EELK_Tartu_Peetri_kogudus_(kirikutahed), lk 74
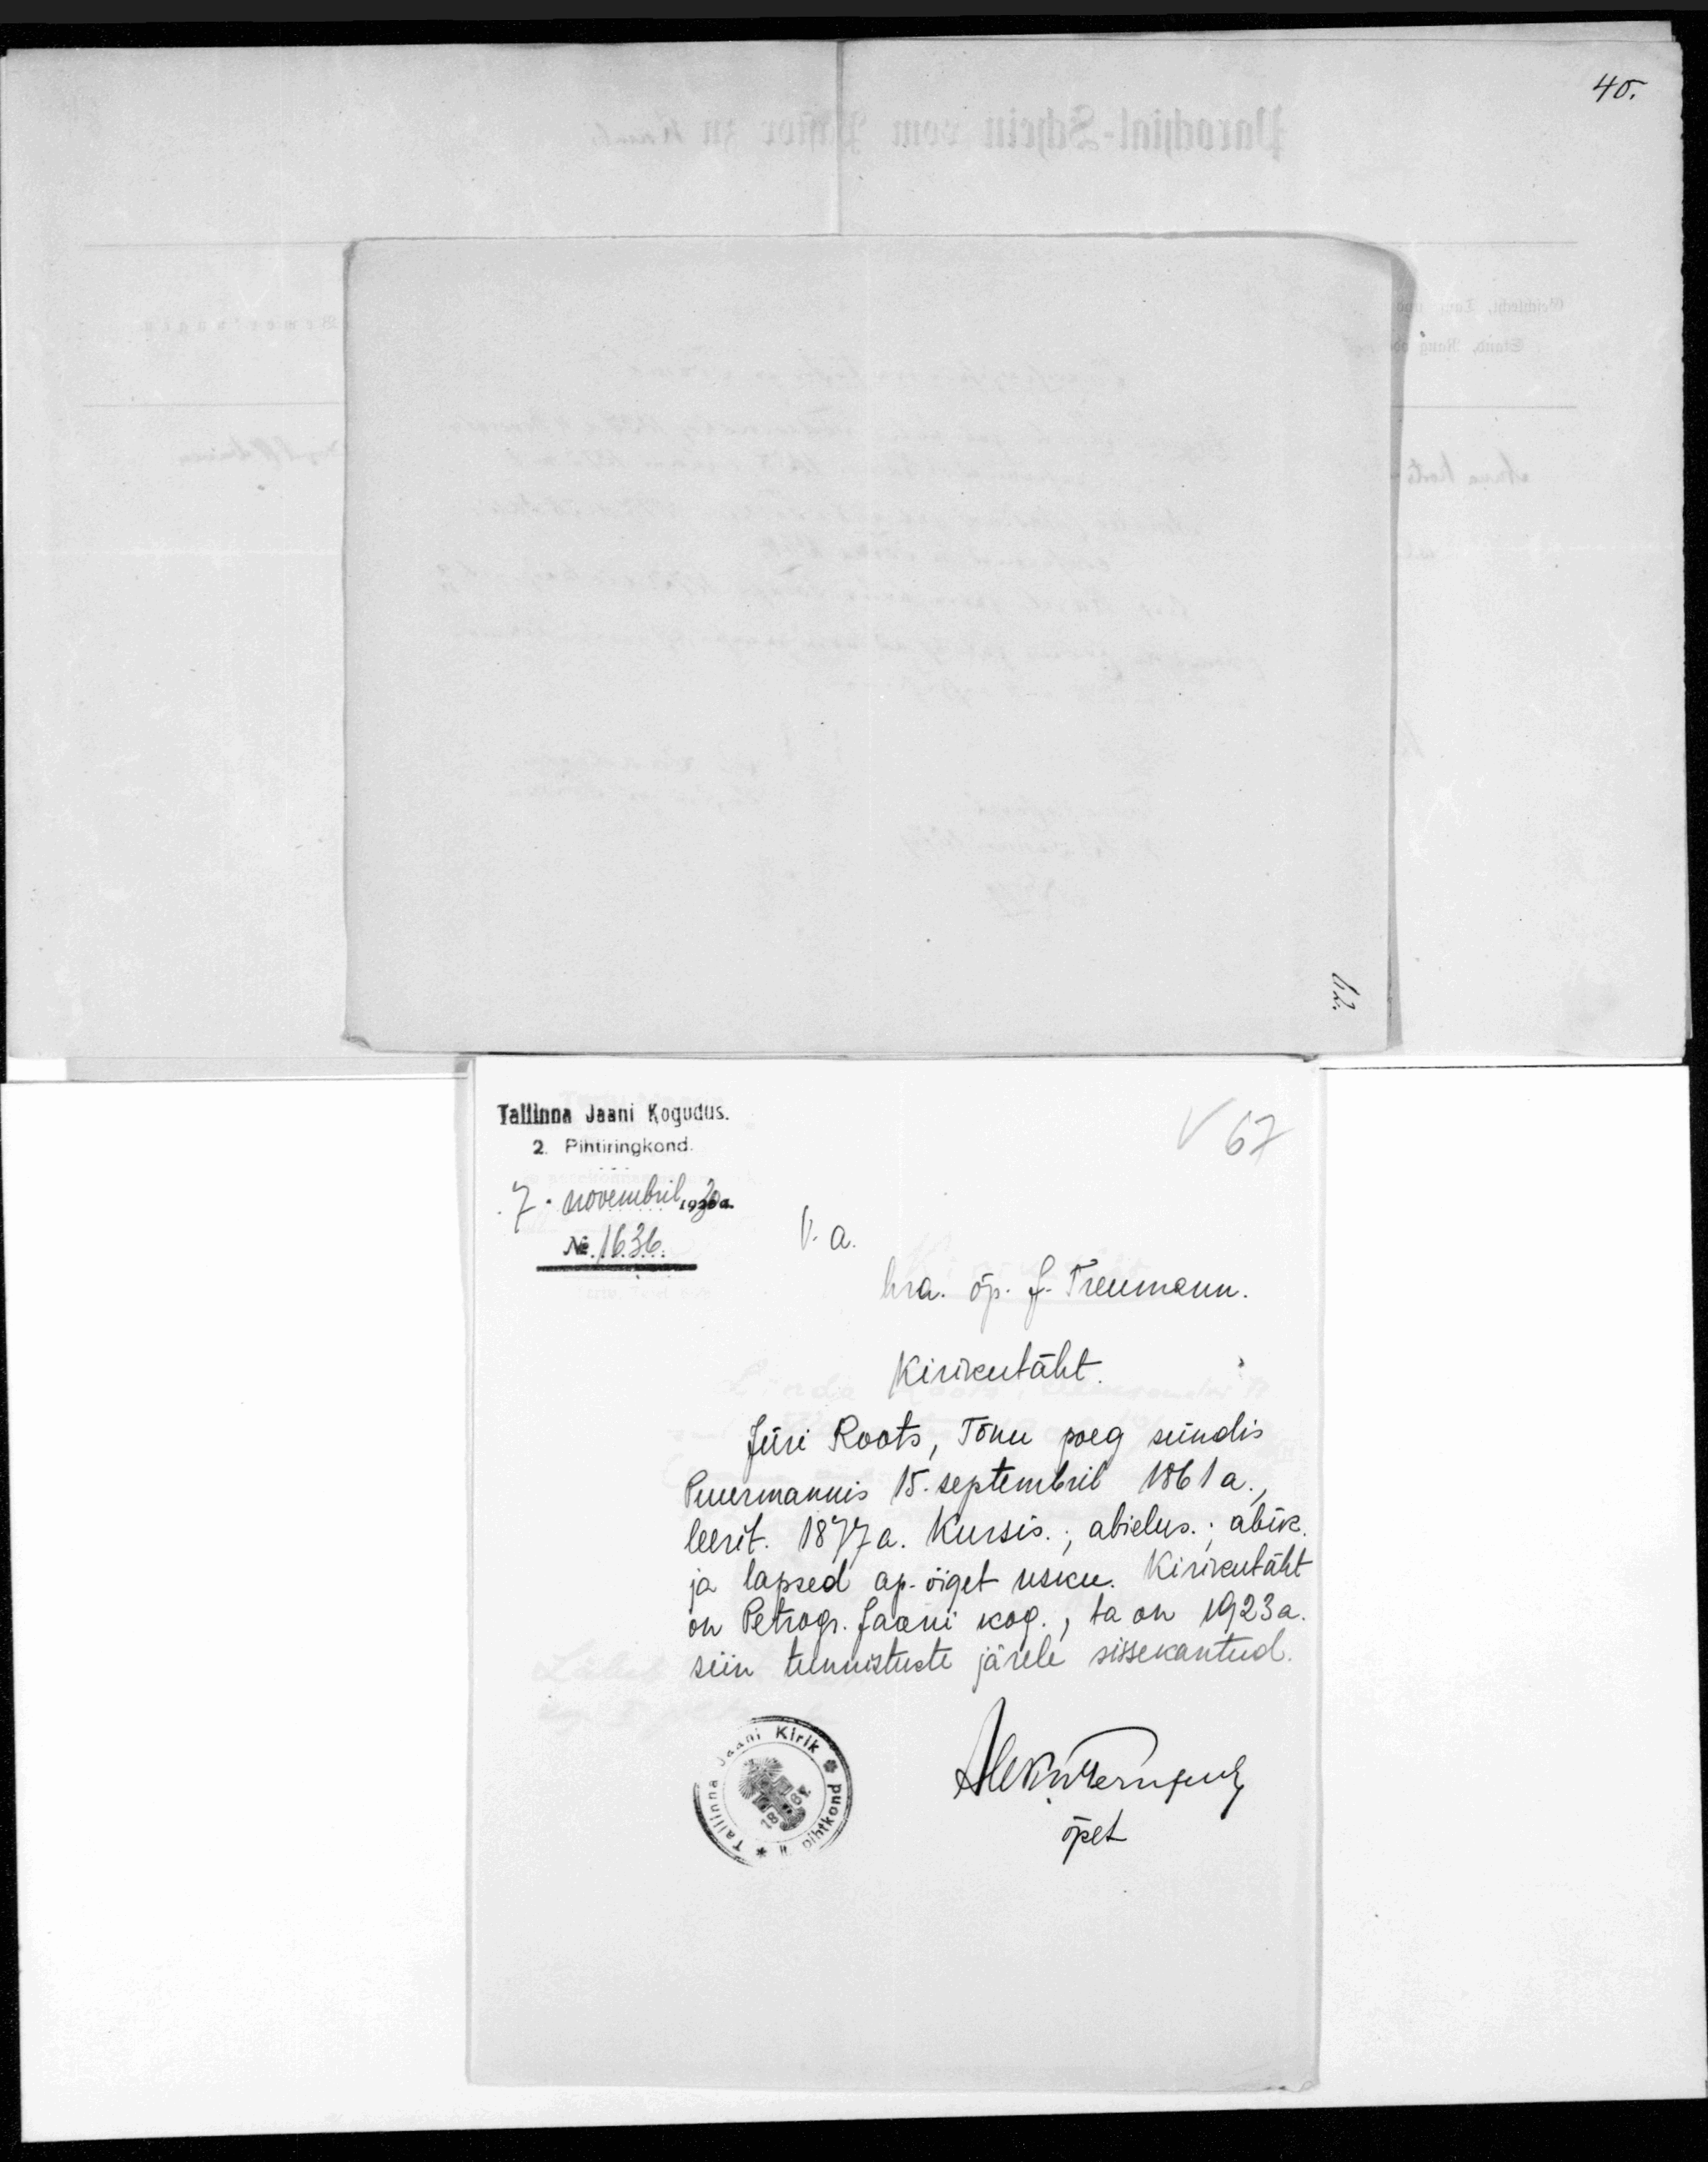
Tallinna Jaani Kogudus
2 pihtringkond.
7. novembril 1930 a.
V. a.
No. 1636
hra õp. J.Treumann
Kirikutäht.
Jüri Roots, Tõnu poeg sündis
Puurmannis 15 septembril 1861a.
leerit. 1877a. Kursis; abielus. abik.
ja lapsed ap-õiget usku. Kirikutäht
on Petrogr. Jaani kog., ta on 1923 a.
siin tunnistuste järele sissekantud.
õpet